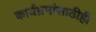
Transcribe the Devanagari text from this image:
कार्यम्रमांसाठीही